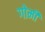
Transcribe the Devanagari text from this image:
गोमी